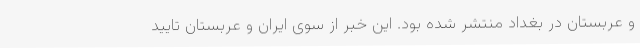
و عربستان در بغداد منتشر شده بود. این خبر از سوی ایران و عربستان تایید